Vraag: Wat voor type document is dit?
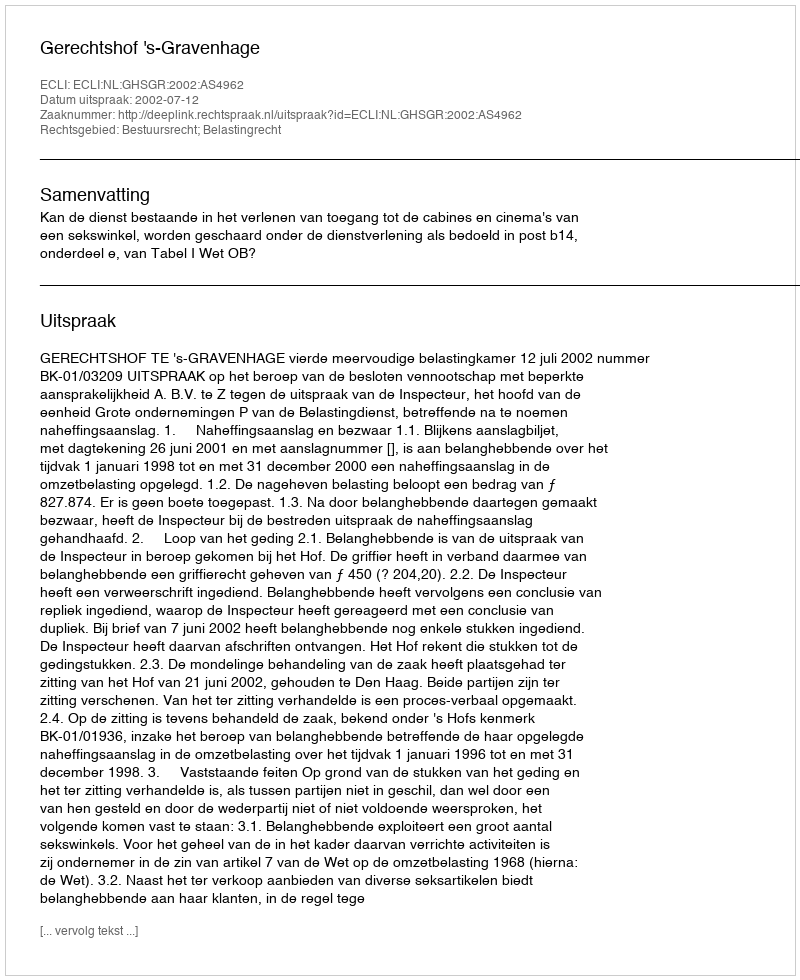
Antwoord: Uitspraak